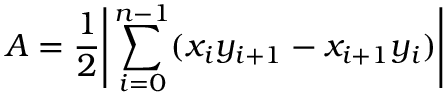
A = { \frac { 1 } { 2 } } { \Biggl \vert } \sum _ { i = 0 } ^ { n - 1 } ( x _ { i } y _ { i + 1 } - x _ { i + 1 } y _ { i } ) { \Biggr \vert }